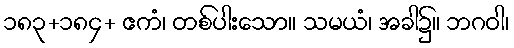
၁၈၃+၁၈၄+ ဧကံ၊ တစ်ပါးသော။ သမယံ၊ အခါ၌။ ဘဂဝါ၊